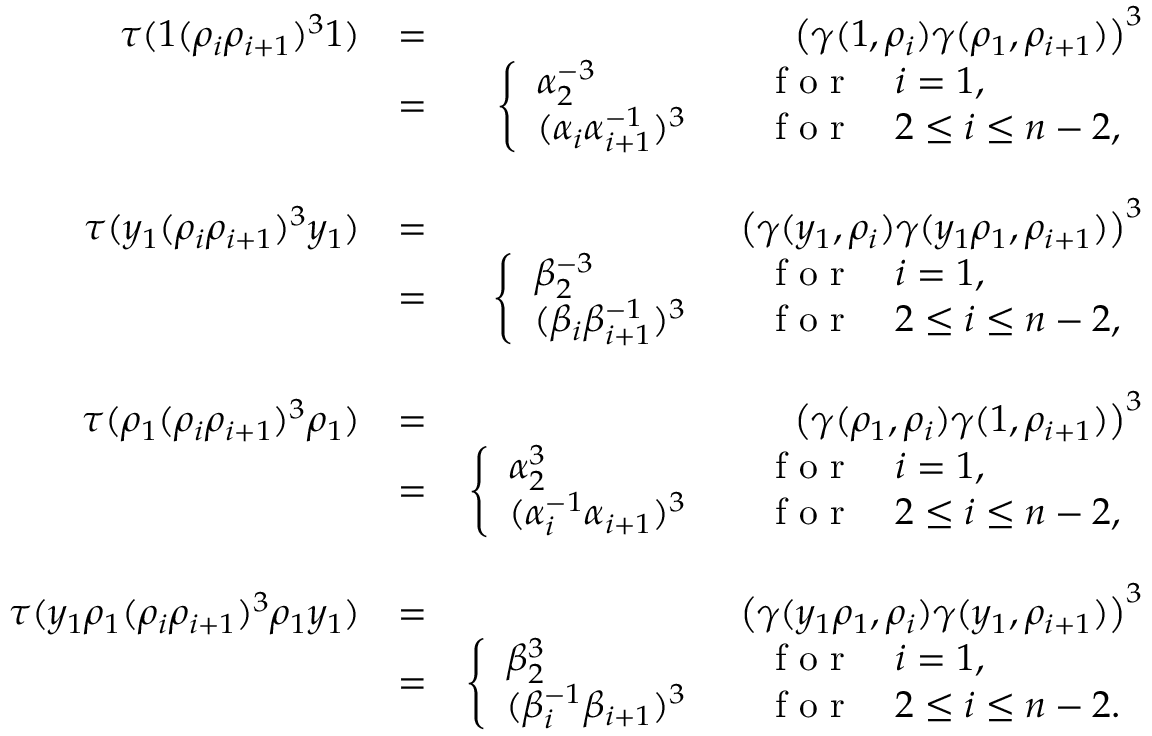
\begin{array} { r l r } { \tau ( 1 ( \rho _ { i } \rho _ { i + 1 } ) ^ { 3 } 1 ) } & { = } & { \big ( \gamma ( 1 , \rho _ { i } ) \gamma ( \rho _ { 1 } , \rho _ { i + 1 } ) \big ) ^ { 3 } } \\ & { = } & { \left\{ \begin{array} { l l } { \alpha _ { 2 } ^ { - 3 } } & { \quad \textrm { f o r } \quad i = 1 , } \\ { ( \alpha _ { i } \alpha _ { i + 1 } ^ { - 1 } ) ^ { 3 } } & { \quad \textrm { f o r } \quad 2 \leq i \leq n - 2 , } \end{array} \right. } \\ & { } & \\ { \tau ( y _ { 1 } ( \rho _ { i } \rho _ { i + 1 } ) ^ { 3 } y _ { 1 } ) } & { = } & { \big ( \gamma ( y _ { 1 } , \rho _ { i } ) \gamma ( y _ { 1 } \rho _ { 1 } , \rho _ { i + 1 } ) \big ) ^ { 3 } } \\ & { = } & { \left\{ \begin{array} { l l } { \beta _ { 2 } ^ { - 3 } } & { \quad \textrm { f o r } \quad i = 1 , } \\ { ( \beta _ { i } \beta _ { i + 1 } ^ { - 1 } ) ^ { 3 } } & { \quad \textrm { f o r } \quad 2 \leq i \leq n - 2 , } \end{array} \right. } \\ & { } & \\ { \tau ( \rho _ { 1 } ( \rho _ { i } \rho _ { i + 1 } ) ^ { 3 } \rho _ { 1 } ) } & { = } & { \big ( \gamma ( \rho _ { 1 } , \rho _ { i } ) \gamma ( 1 , \rho _ { i + 1 } ) \big ) ^ { 3 } } \\ & { = } & { \left\{ \begin{array} { l l } { \alpha _ { 2 } ^ { 3 } } & { \quad \textrm { f o r } \quad i = 1 , } \\ { ( \alpha _ { i } ^ { - 1 } \alpha _ { i + 1 } ) ^ { 3 } } & { \quad \textrm { f o r } \quad 2 \leq i \leq n - 2 , } \end{array} \right. } \\ & { } & \\ { \tau ( y _ { 1 } \rho _ { 1 } ( \rho _ { i } \rho _ { i + 1 } ) ^ { 3 } \rho _ { 1 } y _ { 1 } ) } & { = } & { \big ( \gamma ( y _ { 1 } \rho _ { 1 } , \rho _ { i } ) \gamma ( y _ { 1 } , \rho _ { i + 1 } ) \big ) ^ { 3 } } \\ & { = } & { \left\{ \begin{array} { l l } { \beta _ { 2 } ^ { 3 } } & { \quad \textrm { f o r } \quad i = 1 , } \\ { ( \beta _ { i } ^ { - 1 } \beta _ { i + 1 } ) ^ { 3 } } & { \quad \textrm { f o r } \quad 2 \leq i \leq n - 2 . } \end{array} \right. } \end{array}